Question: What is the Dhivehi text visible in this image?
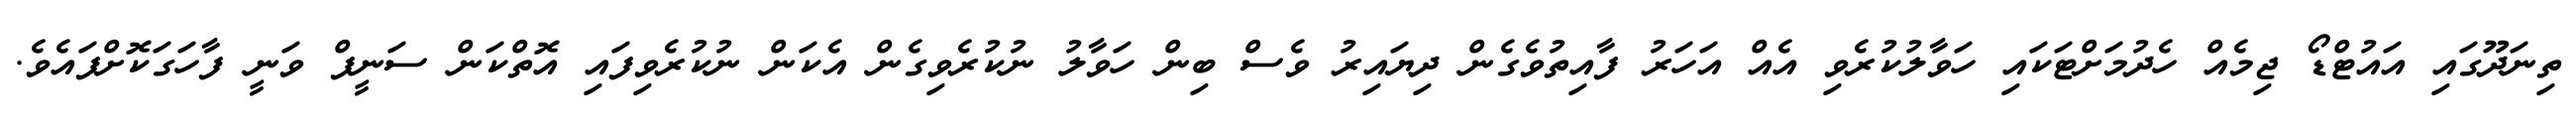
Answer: ތިނަދޫގައި އައުޓްޑޯ ޖިމެއް ހެދުމަށްޓަކައި ހަވާލުކުރެވި އެއް އަހަރު ފާއިތުވެގެން ދިޔައިރު ވެސް ބިން ހަވާލު ނުކުރެވިގެން އެކަން ނުކުރެވިފައި އޮތްކަން ސަނީފް ވަނީ ފާހަގަކޮށްފައެވެ.